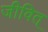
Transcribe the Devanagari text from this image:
जीवित्